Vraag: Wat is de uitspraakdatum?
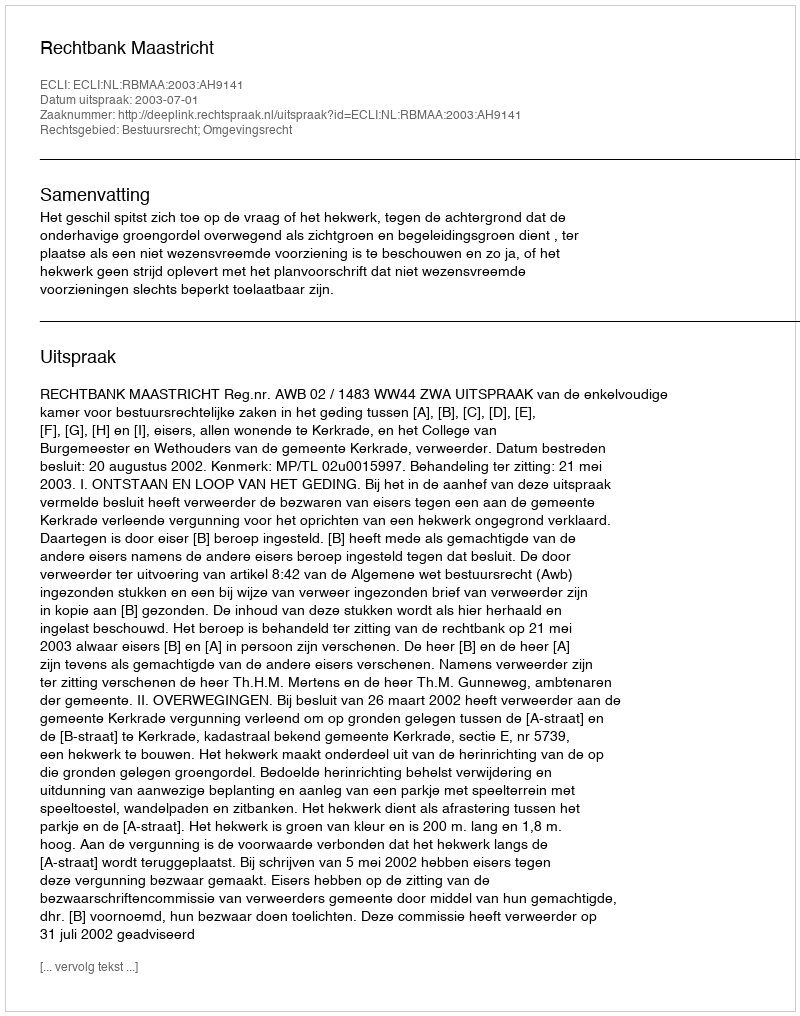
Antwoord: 2003-07-01